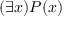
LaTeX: ( \exists x ) P ( x )